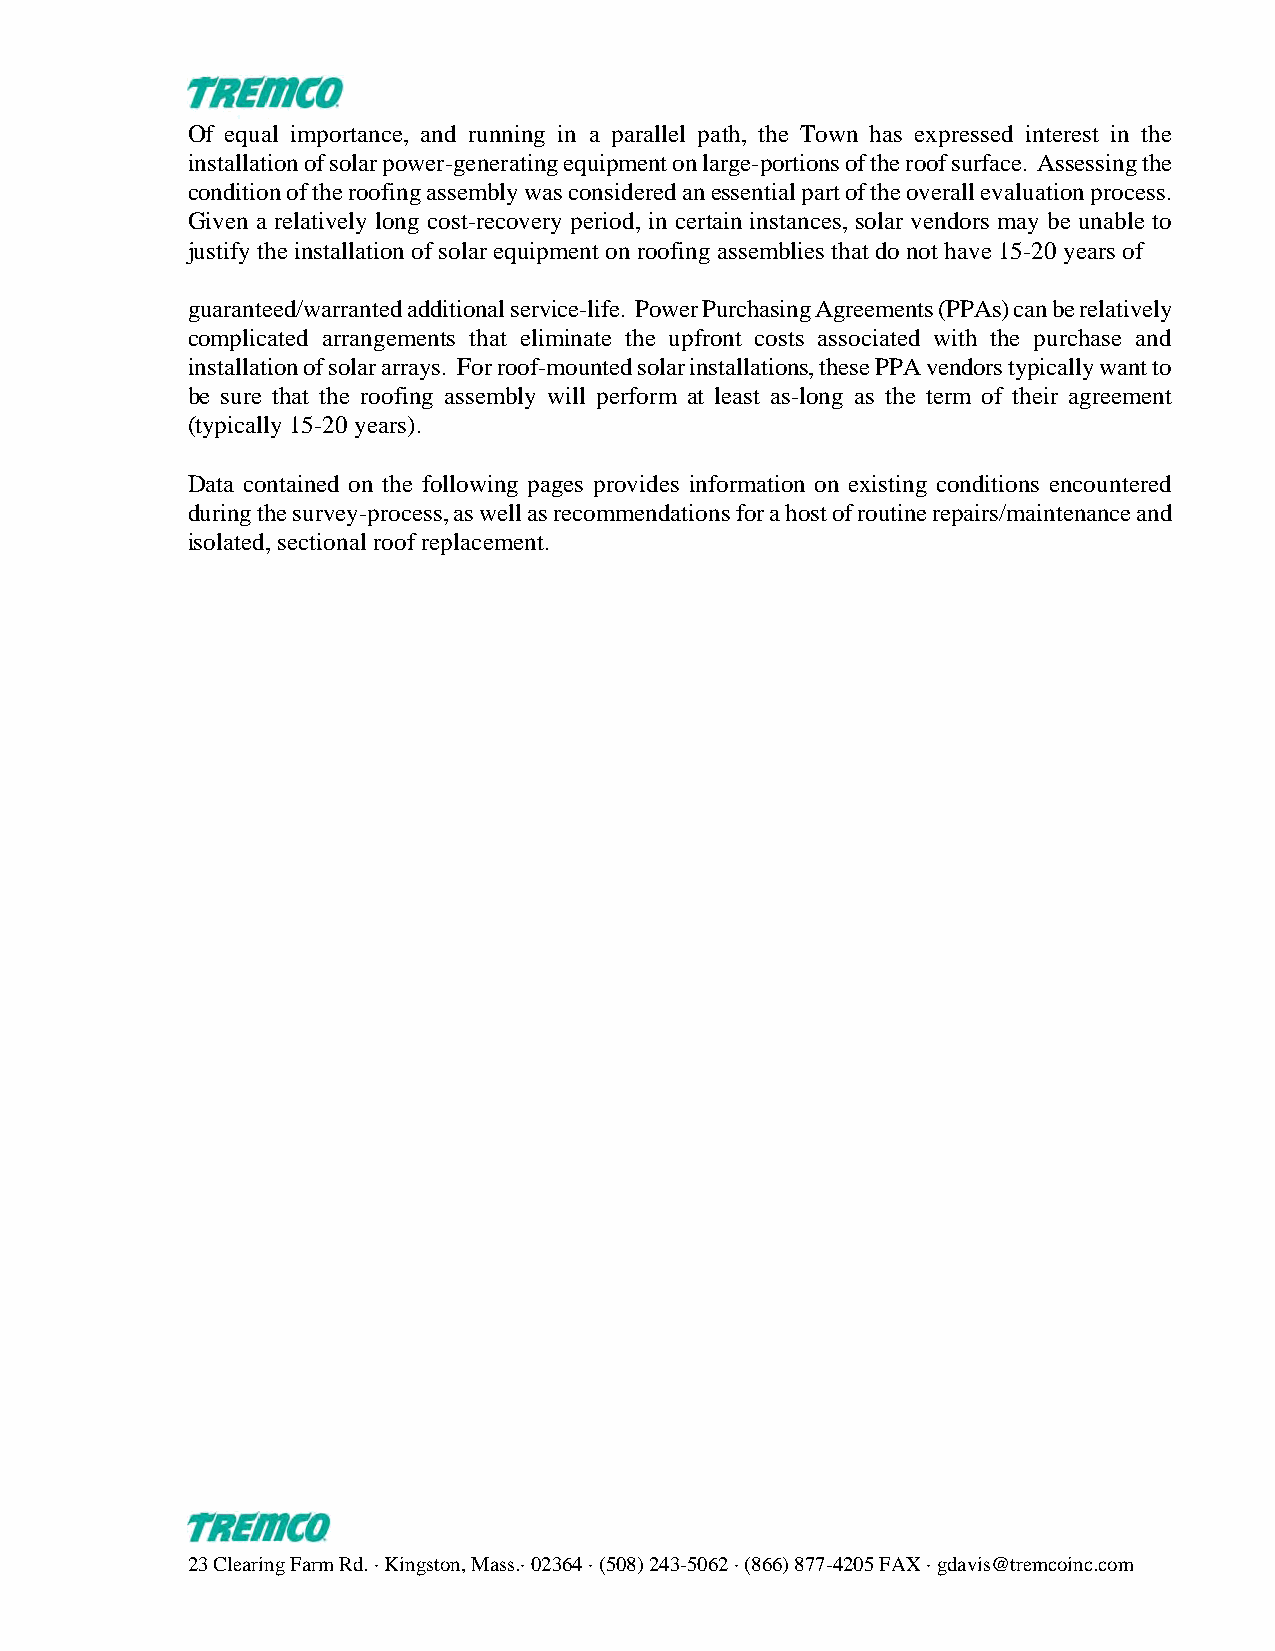
Of equal importance, and running in a parallel path, the Town has expressed interest in the
 installation of solar power-generating equipment on large-portions of the roof surface. Assessing the
 condition of the roofing assembly was considered an essential part of the overall evaluation process.
 Given a relatively long cost-recovery period, in certain instances, solar vendors may be unable to
 justify the installation of solar equipment on roofing assemblies that do not have 15-20 years of
 guaranteed/warranted additional service-life. Power Purchasing Agreements (PPAs) can be relatively
 complicated arrangements that eliminate the upfront costs associated with the purchase and
 installation of solar arrays. For roof-mounted solar installations, these PPA vendors typically want to
 be sure that the roofing assembly will perform at least as-long as the term of their agreement
 (typically 15-20 years).
 Data contained on the following pages provides information on existing conditions encountered
 during the survey-process, as well as recommendations for a host of routine repairs/maintenance and
 isolated, sectional roof replacement.
 23 Clearing Farm Rd. · Kingston, Mass.· 02364 · (508) 243-5062 · (866) 877-4205 FAX · gdavis@tremcoinc.com